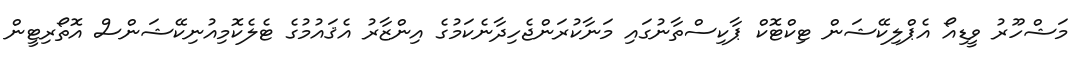
މަޝްހޫރު ވީޑިއޯ އެޕްލިކޭޝަން ޓިކްޓޮކް ޕާކިސްތާނުގައި މަނާކުރަންޖެހިދާނެކަމުގެ އިންޒާރު އެޤައުމުގެ ޓެލެކޮމިއުނިކޭޝަންސް އޮތޯރިޓީން